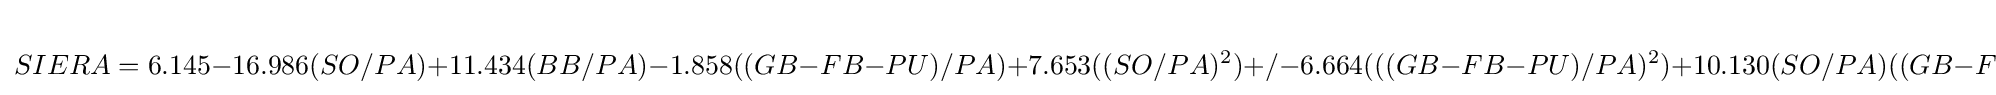
SIERA=6.145-16.986(SO/PA)+11.434(BB/PA)-1.858((GB-FB-PU)/PA)+7.653((SO/PA)^{2})+/-6.664(((GB-FB-PU)/PA)^{2})+10.130(SO/PA)((GB-FB-PU)/PA)-5.195(BB/PA)*((GB-FB-PU)/PA)